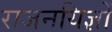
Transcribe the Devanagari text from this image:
राजनयिज्ञों